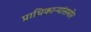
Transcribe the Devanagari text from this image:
प्राधिकाऱ्यांसमोर